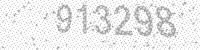
Solution: 913298